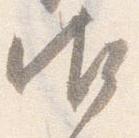
御